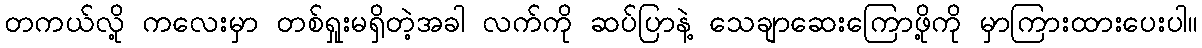
တကယ်လို့ ကလေးမှာ တစ်ရှုးမရှိတဲ့အခါ လက်ကို ဆပ်ပြာနဲ့ သေချာဆေးကြောဖို့ကို မှာကြားထားပေးပါ။